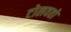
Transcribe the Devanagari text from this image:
टोलवतो